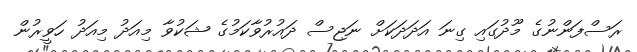
ރަސްފަންނުގެ މޫދުގައި ގިނަ އަދަދަކަށް ނަޖިސް ދައުރުވާކަމުގެ ޝަކުވާ މިއަދު މިއަދު ހަވީރުން